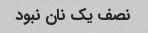
نصف یک نان نبود